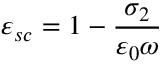
\varepsilon _ { s c } = 1 - \frac { \sigma _ { 2 } } { \varepsilon _ { 0 } \omega }